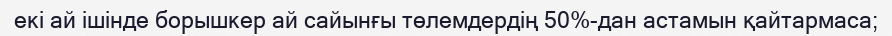
екі ай ішінде борышкер ай сайынғы төлемдердің 50%-дан астамын қайтармаса;